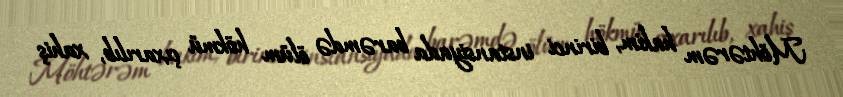
Möhtərəm hakim, birinci instansiyada barəmdə ölüm hökmü çıxarılıb, xahiş